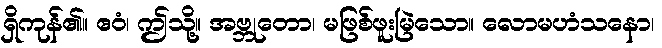
ရှိကုန်၏။ ဧဝံ၊ ဤသို့။ အဗ္ဘုတော၊ မဖြစ်ဖူးမြဲသော။ လောမဟံသနော၊